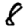
Digit: 8